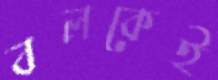
বলকেই